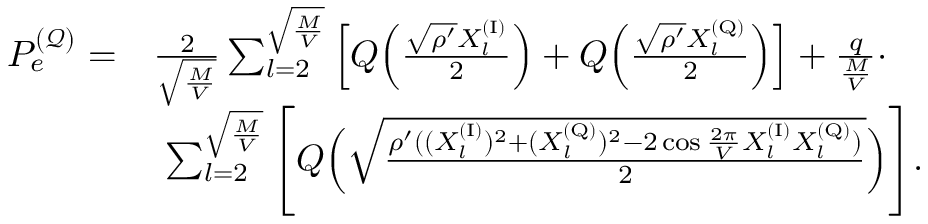
\begin{array} { r l } { P _ { e } ^ { ( \mathcal { Q } ) } = } & { \frac { 2 } { \sqrt { \frac { M } { V } } } \sum _ { l = 2 } ^ { \sqrt { \frac { M } { V } } } \Big [ Q \Big ( \frac { \sqrt { \rho ^ { \prime } } X _ { l } ^ { \mathrm { ( I ) } } } { 2 } \Big ) + Q \Big ( \frac { \sqrt { \rho ^ { \prime } } X _ { l } ^ { \mathrm { ( Q ) } } } { 2 } \Big ) \Big ] + \frac { q } { \frac { M } { V } } \cdot } \\ & { \ \sum _ { l = 2 } ^ { \sqrt { \frac { M } { V } } } \Bigg [ Q \Big ( \sqrt { \frac { \rho ^ { \prime } ( ( X _ { l } ^ { \mathrm { ( I ) } } ) ^ { 2 } + ( X _ { l } ^ { \mathrm { ( Q ) } } ) ^ { 2 } - 2 \cos \frac { 2 \pi } { V } X _ { l } ^ { \mathrm { ( I ) } } X _ { l } ^ { \mathrm { ( Q ) } } ) } { 2 } } \Big ) \Bigg ] . } \end{array}